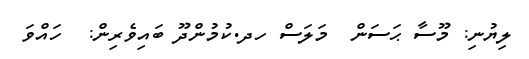
ލިޔުނި: މޫސާ ޙަސަން  މަލަސް ހދ.ކުމުންދޫ ބައިވެރިން:  ހައްވަ